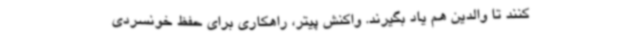
کنند تا والدین هم یاد بگیرند. واکنش پیتر، راهکاری برای حفظ خونسردی